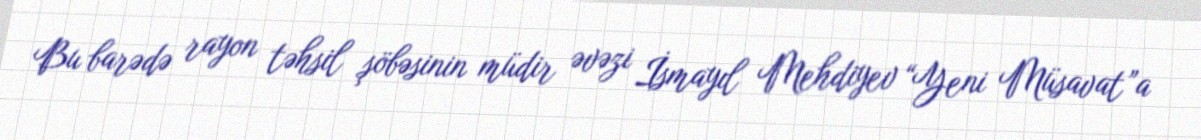
Bu barədə rayon təhsil şöbəsinin müdir əvəzi İsmayıl Mehdiyev “Yeni Müsavat”a